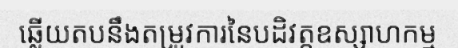
ឆ្លើយតបនឹងតម្រូវការនៃបដិវត្តឧស្សាហកម្ម